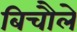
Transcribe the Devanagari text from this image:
बिचौले